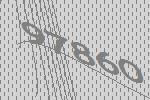
97860